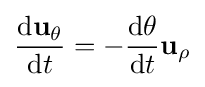
{\frac {\mathrm {d} \mathbf {u} _{\theta }}{\mathrm {d} t}}=-{\frac {\mathrm {d} \theta }{\mathrm {d} t}}\mathbf {u} _{\rho }